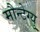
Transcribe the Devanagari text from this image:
मौन्टेग्यु